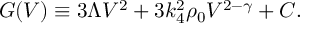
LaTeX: G ( V ) \equiv 3 \Lambda V ^ { 2 } + 3 k _ { 4 } ^ { 2 } \rho _ { 0 } V ^ { 2 - \gamma } + C .